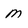
Character: M